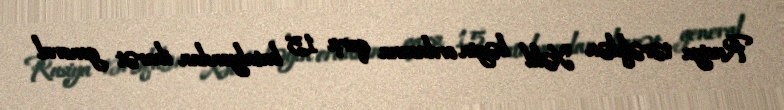
Rusiya tərəfdən Xəlil bəyin ordusuna qarşı 15 batalyondan ibarət general